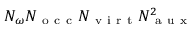
N _ { \omega } N _ { \mathrm { ~ o ~ c ~ c ~ } } N _ { \mathrm { ~ v ~ i ~ r ~ t ~ } } N _ { \mathrm { ~ a ~ u ~ x ~ } } ^ { 2 }